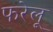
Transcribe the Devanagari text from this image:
फरेलू